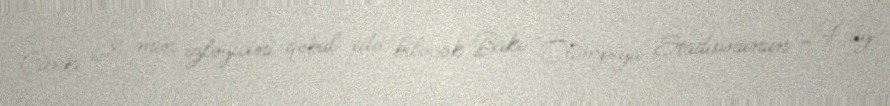
Çünki 68 min izləyicini qəbul edə biləcək Bakı Olimpiya Stadionunun 24 ay